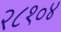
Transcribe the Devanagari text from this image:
२८१०४